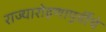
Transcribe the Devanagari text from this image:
राज्यारोहणापूर्वीचे